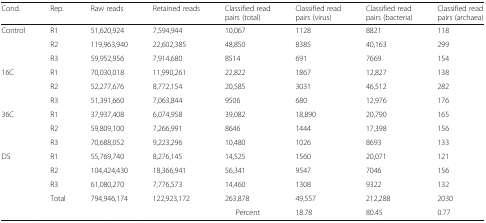
<table><thead><tr><td><b>Cond.</b></td><td><b>Rep.</b></td><td><b>Raw reads</b></td><td><b>Retained reads</b></td><td><b>Classified read pairs (total)</b></td><td><b>Classified read pairs (virus)</b></td><td><b>Classified read pairs (bacteria)</b></td><td><b>Classified read pairs (archaea)</b></td></tr></thead><tbody><tr><td>Control</td><td>R1</td><td>51,620,924</td><td>7,594,944</td><td>10,067</td><td>1128</td><td>8821</td><td>118</td></tr><tr><td></td><td>R2</td><td>119,963,940</td><td>22,602,385</td><td>48,850</td><td>8385</td><td>40,163</td><td>299</td></tr><tr><td></td><td>R3</td><td>59,952,956</td><td>7,914,680</td><td>8514</td><td>691</td><td>7669</td><td>154</td></tr><tr><td>16C</td><td>R1</td><td>70,030,018</td><td>11,990,261</td><td>22,822</td><td>1867</td><td>12,827</td><td>138</td></tr><tr><td></td><td>R2</td><td>52,277,676</td><td>8,772,154</td><td>20,585</td><td>3031</td><td>46,512</td><td>282</td></tr><tr><td></td><td>R3</td><td>51,391,660</td><td>7,063,844</td><td>9506</td><td>680</td><td>12,976</td><td>176</td></tr><tr><td>36C</td><td>R1</td><td>37,937,408</td><td>6,074,958</td><td>39,082</td><td>18,890</td><td>20,790</td><td>165</td></tr><tr><td></td><td>R2</td><td>59,809,100</td><td>7,266,991</td><td>8646</td><td>1444</td><td>17,398</td><td>156</td></tr><tr><td></td><td>R3</td><td>70,688,052</td><td>9,223,296</td><td>10,480</td><td>1026</td><td>8693</td><td>133</td></tr><tr><td>DS</td><td>R1</td><td>55,769,740</td><td>8,276,145</td><td>14,525</td><td>1560</td><td>20,071</td><td>121</td></tr><tr><td></td><td>R2</td><td>104,424,430</td><td>18,366,941</td><td>56,341</td><td>9547</td><td>7046</td><td>156</td></tr><tr><td></td><td>R3</td><td>61,080,270</td><td>7,776,573</td><td>14,460</td><td>1308</td><td>9322</td><td>132</td></tr><tr><td></td><td>Total</td><td>794,946,174</td><td>122,923,172</td><td>263,878</td><td>49,557</td><td>212,288</td><td>2030</td></tr><tr><td></td><td></td><td></td><td></td><td>Percent</td><td>18.78</td><td>80.45</td><td>0.77</td></tr></tbody></table>